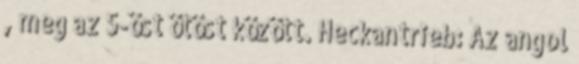
, meg az 5-öst ötöst között. Heckantrieb: Az angol